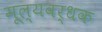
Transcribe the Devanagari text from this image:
मूल्यवर्धक